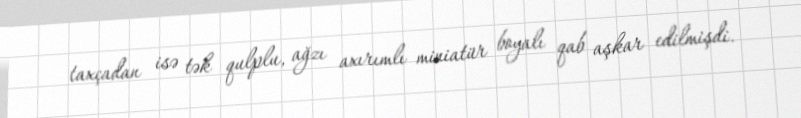
taxçadan isə tək qulplu, ağzı axırımlı miniatür boyalı qab aşkar edilmişdi.